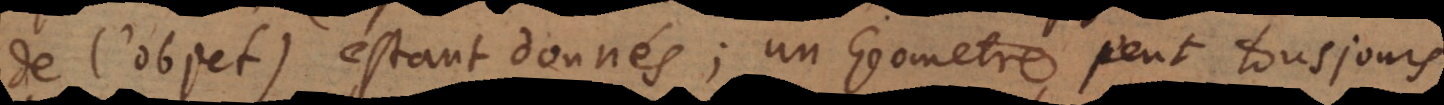
de l’objet) estant donnés; un Geometre peut tousjours